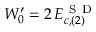
W _ { 0 } ^ { \prime } = 2 \, E _ { c , ( 2 ) } ^ { \mathrm { ~ S ~ D ~ } }